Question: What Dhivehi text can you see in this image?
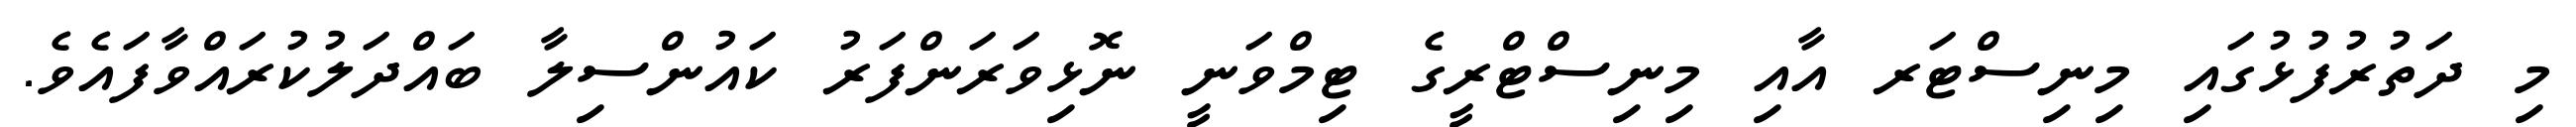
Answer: މި ދަތުރުފުޅުގައި މިނިސްޓަރ އާއި މިނިސްޓްރީގެ ޓިމްވަނީ ނޮޅިވަރަންފަރު ކައުންސިލާ ބައްދަލުކުރައްވާފައެވެ.